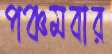
পঞ্চমবার